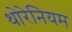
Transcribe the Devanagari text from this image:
थोरेनियम